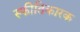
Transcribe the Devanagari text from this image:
स्फीतिकारक